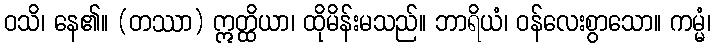
ဝသိ၊ နေ၏။ (တဿာ) ဣတ္ထိယာ၊ ထိုမိန်းမသည်။ ဘာရိယံ၊ ဝန်လေးစွာသော။ ကမ္မံ၊